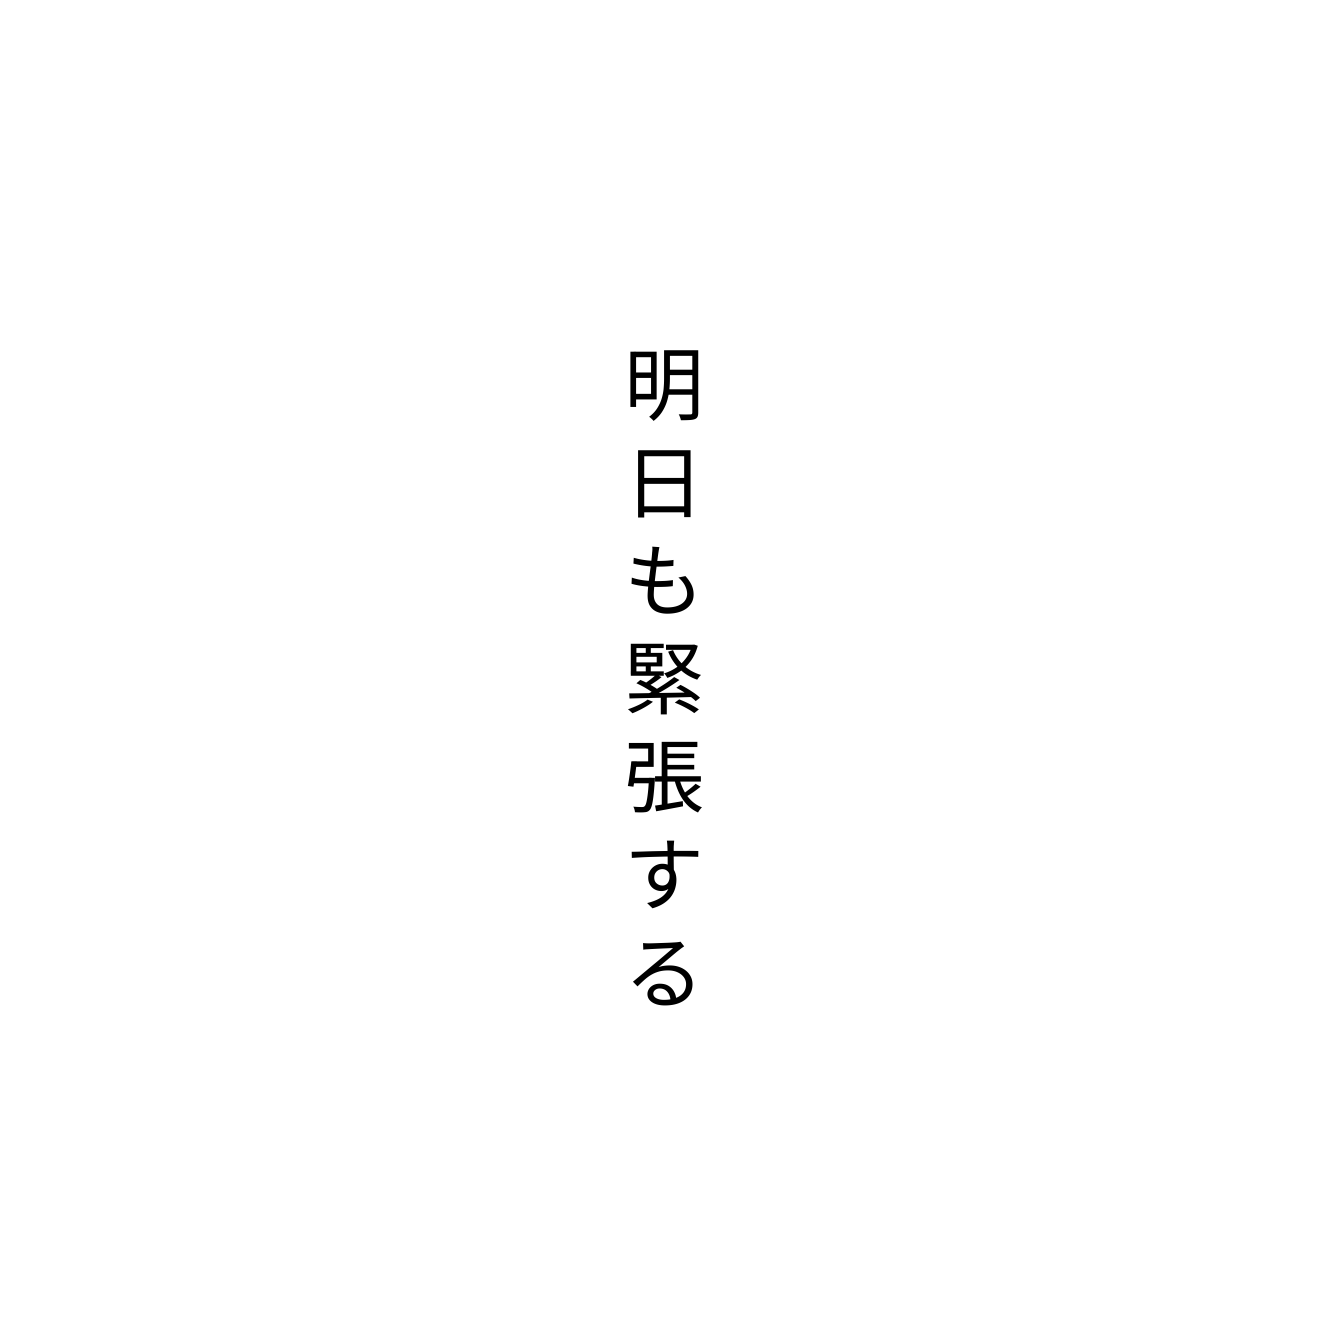
明日も緊張する